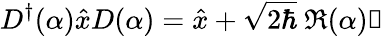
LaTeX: D^{\dagger}(\alpha)\hat{x}D(\alpha)=\hat{x}+\sqrt{2\hbar}~\mathfrak{R}(\alpha)\mathbb{1}